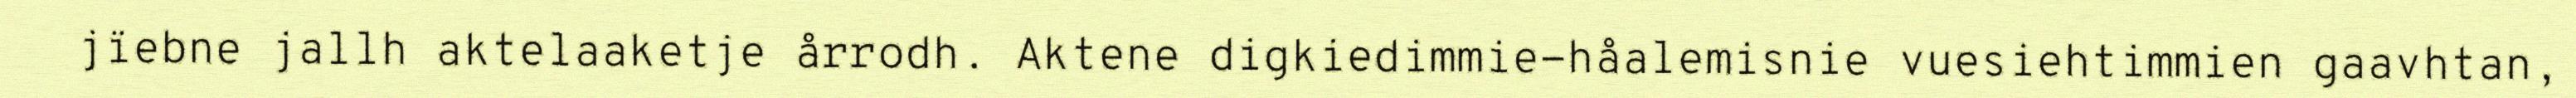
jïebne jallh aktelaaketje årrodh. Aktene digkiedimmie-håalemisnie vuesiehtimmien gaavhtan,